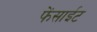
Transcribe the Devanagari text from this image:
फेंसाईट